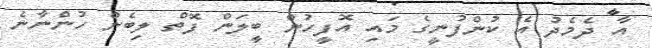
އާ ދެމެދު އެ ކުންފުނީގެ މައި އޮފީހުން ބީލަން ފޮތް ލިބެން ހުންނާނެ